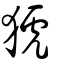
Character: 猇